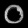
Digit: ၀